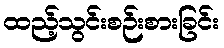
ထည့်သွင်းစဉ်းစားခြင်း